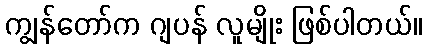
ကျွန်တော်က ဂျပန် လူမျိုး ဖြစ်ပါတယ်။